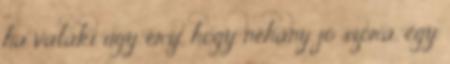
ha valaki úgy érzi, hogy néhány jó szóra, egy